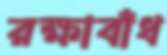
রক্ষাবাঁধ